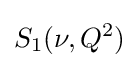
S_{1}(\nu ,Q^{2})